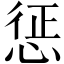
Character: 惩